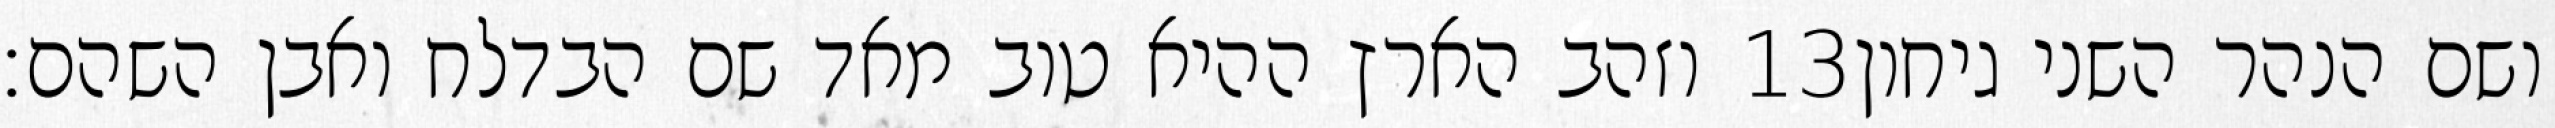
וזהב הארץ ההיא טוב מאד שם הבדלח ואבן השהם׃ ‎13‏ ושם הנהר השני גיחון